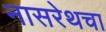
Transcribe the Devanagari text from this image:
नासरेथचा